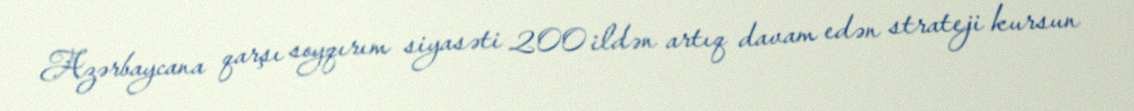
Azərbaycana qarşı soyqırım siyasəti 200 ildən artıq davam edən strateji kursun